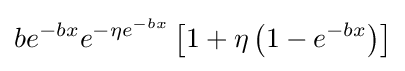
be^{-bx}e^{-\eta e^{-bx}}\left[1+\eta \left(1-e^{-bx}\right)\right]